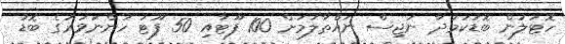
ހޮޓަލުން ބޮޑުކަމުދާ ނަޖިސް ނައްތާލުމަށް 100 ފޫޓާއި 50 ފޫޓު ހުންނަވަރުގެ ބޮޑު